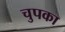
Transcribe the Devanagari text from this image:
चुपका